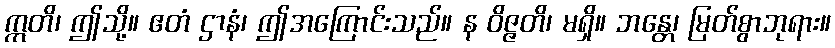
ဣတိ၊ ဤသို့။ ဧတံ ဌာနံ၊ ဤအကြောင်းသည်။ န ဝိဇ္ဇတိ၊ မရှိ။ ဘန္တေ၊ မြတ်စွာဘုရား။